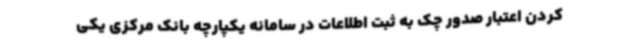
کردن اعتبار صدور چک به ثبت اطلاعات در سامانه یکپارچه بانک مرکزی یکی